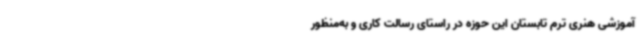
آموزشی هنری ترم تابستان این حوزه در راستای رسالت کاری و به‌منظور